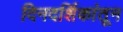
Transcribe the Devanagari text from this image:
दिनदर्शिकांतून